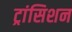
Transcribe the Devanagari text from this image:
ट्रांसिशन